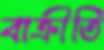
বাক্রীতি